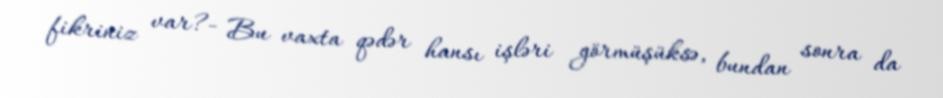
fikriniz var?- Bu vaxta qədər hansı işləri görmüşüksə, bundan sonra da